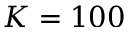
K = 1 0 0